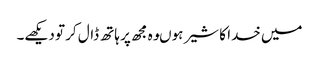
میں خدا کا شیر ہوںوہ مجھ پر ہاتھ ڈال کر تو دیکھے۔